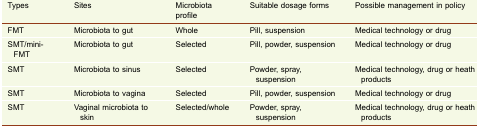
<table><thead><tr><td><b>Types</b></td><td><b>Sites</b></td><td><b>Microbiota profile</b></td><td><b>Suitable dosage forms</b></td><td><b>Possible management in policy</b></td></tr></thead><tbody><tr><td>FMT</td><td>Microbiota to gut</td><td>Whole</td><td>Pill, suspension</td><td>Medical technology or drug</td></tr><tr><td>SMT/mini-FMT</td><td>Microbiota to gut</td><td>Selected</td><td>Pill, powder, suspension</td><td>Medical technology or drug</td></tr><tr><td>SMT</td><td>Microbiota to sinus</td><td>Selected</td><td>Powder, spray, suspension</td><td>Medical technology, drug or heath products</td></tr><tr><td>SMT</td><td>Microbiota to vagina</td><td>Selected</td><td>Pill, powder, suspension</td><td>Medical technology or drug</td></tr><tr><td>SMT</td><td>Vaginal microbiota to skin</td><td>Selected/whole</td><td>Powder, spray, suspension</td><td>Medical technology, drug or heath products</td></tr></tbody></table>